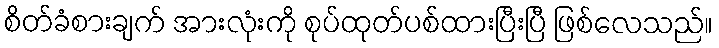
စိတ်ခံစားချက် အားလုံးကို စုပ်ထုတ်ပစ်ထားပြီးပြီ ဖြစ်လေသည်။